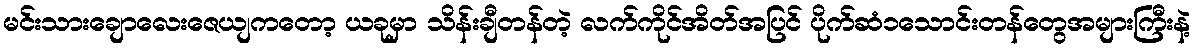
မင်းသားချောလေးဇေယျကတော့ ယခုမှာ သိန်းချီတန်တဲ့ လက်ကိုင်အိတ်အပြင် ပိုက်ဆံ၁သောင်းတန်တွေအများကြီးနဲ့